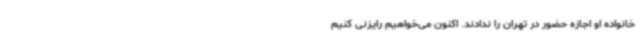
خانواده او اجازه حضور در تهران را ندادند. اکنون می‌خواهیم رایزنی کنیم